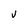
Character: v